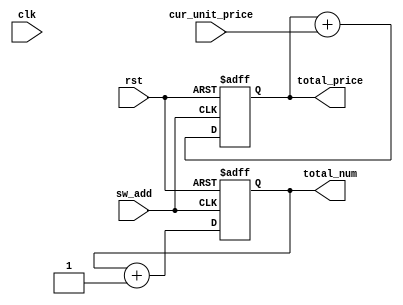
module AC_mode (
    input clk,
    input rst,
    input sw_add,
    input [7:0] cur_unit_price,
    output reg [3:0] total_num,
    output reg [7:0] total_price
);
    initial begin
        total_num = 0;
        total_price = 0;
    end
    always @(posedge sw_add or negedge rst) begin
        if(!rst) begin
            total_num = 0;
            total_price = 0;
        end
        else begin
            total_num = total_num + 1;
            total_price = total_price + cur_unit_price;
        end
    end
endmodule